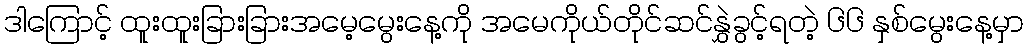
ဒါကြောင့် ထူးထူးခြားခြားအမေ့မွေးနေ့ကို အမေကိုယ်တိုင်ဆင်နွှဲခွင့်ရတဲ့ ၆၆ နှစ်မွေးနေ့မှာ